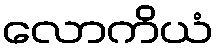
လောကိယံ